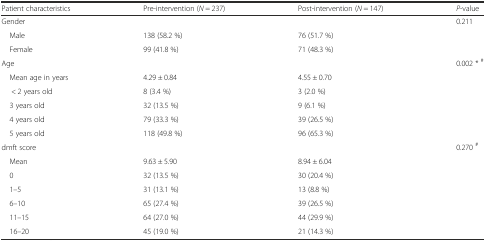
<table><thead><tr><td><b>Patient characteristics</b></td><td><b>Pre-intervention (<i>N</i> = 237)</b></td><td><b>Post-intervention (<i>N</i> = 147)</b></td><td><b><i>P</i>-value</b></td></tr></thead><tbody><tr><td colspan="3">Gender</td><td>0.211</td></tr><tr><td> Male</td><td>138 (58.2 %)</td><td>76 (51.7 %)</td><td></td></tr><tr><td> Female</td><td>99 (41.8 %)</td><td>71 (48.3 %)</td><td></td></tr><tr><td colspan="3">Age</td><td>0.002 * <sup>#</sup></td></tr><tr><td> Mean age in years</td><td>4.29 ± 0.84</td><td>4.55 ± 0.70</td><td></td></tr><tr><td>&lt; 2 years old</td><td>8 (3.4 %)</td><td>3 (2.0 %)</td><td></td></tr><tr><td> 3 years old</td><td>32 (13.5 %)</td><td>9 (6.1 %)</td><td></td></tr><tr><td> 4 years old</td><td>79 (33.3 %)</td><td>39 (26.5 %)</td><td></td></tr><tr><td> 5 years old</td><td>118 (49.8 %)</td><td>96 (65.3 %)</td><td></td></tr><tr><td colspan="3">dmft score</td><td>0.270 <sup>#</sup></td></tr><tr><td> Mean</td><td>9.63 ± 5.90</td><td>8.94 ± 6.04</td><td></td></tr><tr><td> 0</td><td>32 (13.5 %)</td><td>30 (20.4 %)</td><td></td></tr><tr><td> 1–5</td><td>31 (13.1 %)</td><td>13 (8.8 %)</td><td></td></tr><tr><td> 6–10</td><td>65 (27.4 %)</td><td>39 (26.5 %)</td><td></td></tr><tr><td> 11–15</td><td>64 (27.0 %)</td><td>44 (29.9 %)</td><td></td></tr><tr><td> 16–20</td><td>45 (19.0 %)</td><td>21 (14.3 %)</td><td></td></tr></tbody></table>